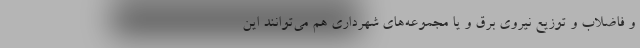
و فاضلاب و توزیع نیروی برق و یا مجموعه‌های شهرداری هم می‌توانند این